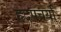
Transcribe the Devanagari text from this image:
हृदपचर्या